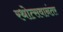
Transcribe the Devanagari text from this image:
रथोत्सवानंतर